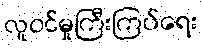
လူဝင်မှုကြီးကြပ်ရေး